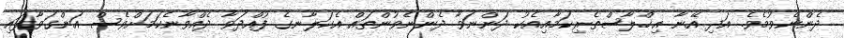
ދެންނެވުމެވެ. އަދި އޭނާ އިޚްލާސްތެރިކަމާއިއެކު ދަންނަވާ ދެންނެވުންތައް އެކަލާނގެ ފުއްދަވާ ދެއްވާނެކަމަށްވެސް އަންގަވާފައި